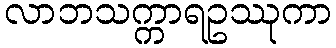
လာဘသက္ကာရဥဿုကာ